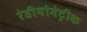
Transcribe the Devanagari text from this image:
रेडीयोमेट्रीक